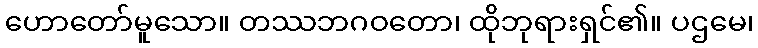
ဟောတော်မူသော။ တဿဘဂဝတော၊ ထိုဘုရားရှင်၏။ ပဌမေ၊